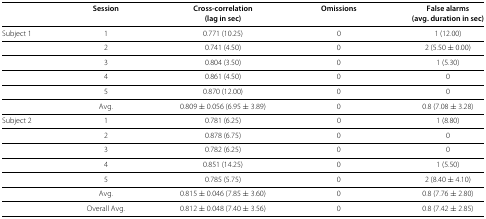
<table><thead><tr><td><b> </b></td><td><b>Session</b></td><td><b>Cross-correlation</b></td><td><b>Omissions</b></td><td><b>False alarms</b></td></tr><tr><td><b> </b></td><td><b> </b></td><td><b>(lag in sec)</b></td><td><b> </b></td><td><b>(avg. duration in sec)</b></td></tr></thead><tbody><tr><td>Subject 1</td><td>1</td><td>0.771 (10.25)</td><td>0</td><td>1 (12.00)</td></tr><tr><td> </td><td>2</td><td>0.741 (4.50)</td><td>0</td><td>2 (5.50±0.00)</td></tr><tr><td> </td><td>3</td><td>0.804 (3.50)</td><td>0</td><td>1 (5.30)</td></tr><tr><td> </td><td>4</td><td>0.861 (4.50)</td><td>0</td><td>0</td></tr><tr><td> </td><td>5</td><td>0.870 (12.00)</td><td>0</td><td>0</td></tr><tr><td> </td><td>Avg.</td><td>0.809±0.056 (6.95±3.89)</td><td>0</td><td>0.8 (7.08±3.28)</td></tr><tr><td>Subject 2</td><td>1</td><td>0.781 (6.25)</td><td>0</td><td>1 (8.80)</td></tr><tr><td> </td><td>2</td><td>0.878 (6.75)</td><td>0</td><td>0</td></tr><tr><td> </td><td>3</td><td>0.782 (6.25)</td><td>0</td><td>0</td></tr><tr><td> </td><td>4</td><td>0.851 (14.25)</td><td>0</td><td>1 (5.50)</td></tr><tr><td> </td><td>5</td><td>0.785 (5.75)</td><td>0</td><td>2 (8.40±4.10)</td></tr><tr><td> </td><td>Avg.</td><td>0.815±0.046 (7.85±3.60)</td><td>0</td><td>0.8 (7.76±2.80)</td></tr><tr><td> </td><td>Overall Avg.</td><td>0.812±0.048 (7.40±3.56)</td><td>0</td><td>0.8 (7.42±2.85)</td></tr></tbody></table>